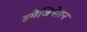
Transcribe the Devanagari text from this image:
इमैजिनेशन